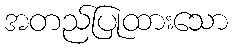
အတည်ပြုထားသော